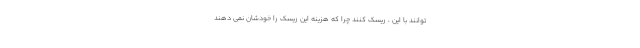
توانند با این ، ریسک کنند چرا که هزینه این ریسک را خودشان نمی دهند